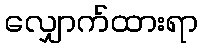
လျှောက်ထားရာ